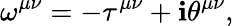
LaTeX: \omega^{\mu\nu}=-\tau^{\mu\nu}+\mathbf{i}\theta^{\mu\nu},